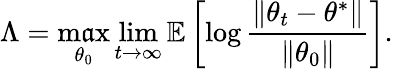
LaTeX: \Lambda=\operatorname*{m\mathfrak{a}x}_{\theta_{0}}\operatorname*{lim}_{t\to\infty}\mathbb{{E}}\left[\log\frac{{\| \theta_{t}-\theta^{*}\| }}{{\| \theta_{0}\| }}\right].